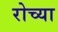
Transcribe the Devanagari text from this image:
रोच्या